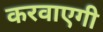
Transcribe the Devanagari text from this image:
करवाएगी